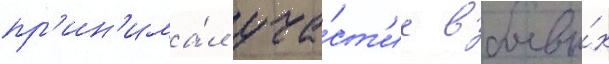
пр'ин'има́л уча́ст'ие в боевы́х